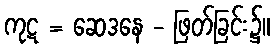
ကုဋ = ဆေဒနေ - ဖြတ်ခြင်း၌။